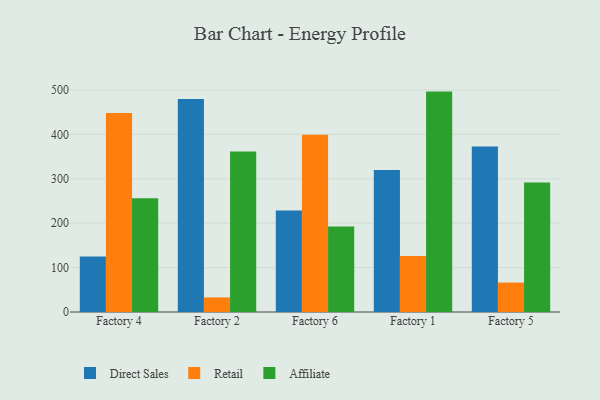
{"axis": {"x": "Factory", "y": "Revenue (USD Million)"}, "legend": ["Affiliate", "Direct Sales", "Retail"], "data": [{"x": "Factory 4", "y": 125.0, "type": "Direct Sales"}, {"x": "Factory 4", "y": 448.1, "type": "Retail"}, {"x": "Factory 4", "y": 256.0, "type": "Affiliate"}, {"x": "Factory 2", "y": 479.5, "type": "Direct Sales"}, {"x": "Factory 2", "y": 32.8, "type": "Retail"}, {"x": "Factory 2", "y": 361.3, "type": "Affiliate"}, {"x": "Factory 6", "y": 228.4, "type": "Direct Sales"}, {"x": "Factory 6", "y": 399.2, "type": "Retail"}, {"x": "Factory 6", "y": 192.8, "type": "Affiliate"}, {"x": "Factory 1", "y": 319.8, "type": "Direct Sales"}, {"x": "Factory 1", "y": 126.2, "type": "Retail"}, {"x": "Factory 1", "y": 496.3, "type": "Affiliate"}, {"x": "Factory 5", "y": 372.6, "type": "Direct Sales"}, {"x": "Factory 5", "y": 66.3, "type": "Retail"}, {"x": "Factory 5", "y": 291.8, "type": "Affiliate"}]}